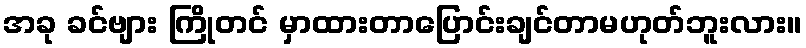
အခု ခင်ဗျား ကြိုတင် မှာထားတာပြောင်းချင်တာမဟုတ်ဘူးလား။